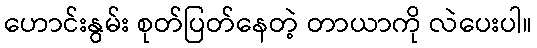
ဟောင်းနွမ်း စုတ်ပြတ်နေတဲ့ တာယာကို လဲပေးပါ။